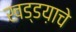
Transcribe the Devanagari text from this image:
खड्डय़ाचे